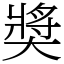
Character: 奬